Leucocytozoon canis - Number 26
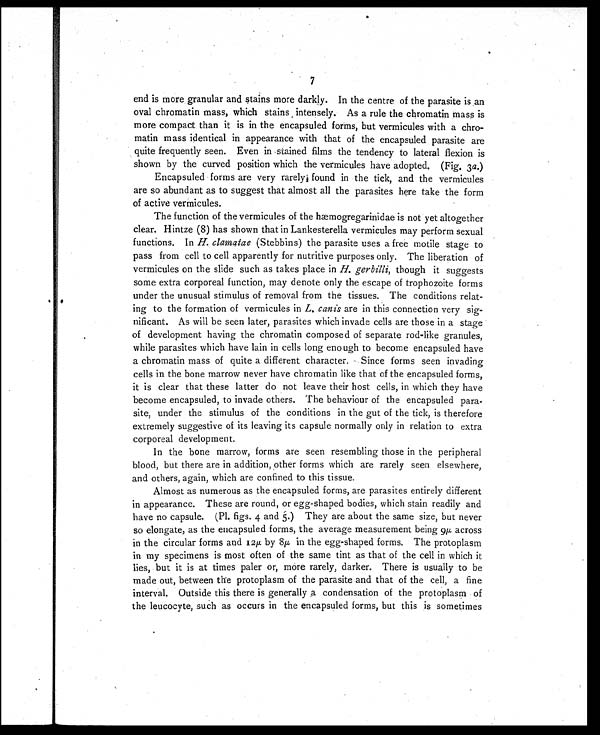
7
end is more granular and stains more darkly. In the centre of the parasite is an
oval chromatin mass, which stains intensely. As a rule the chromatin mass is
more compact than it is in the encapsuled forms, but vermicules with a chro-
matin mass identical in appearance with that of the encapsuled parasite are
quite frequently seen. Even in stained films the tendency to lateral flexion is
shown by the curved position which the vermicules have adopted. (Fig, 3 a.)
Encapsuled forms are very rarely found in the tick, and the vermicules
are so abundant as to suggest that almost all the parasites here take the form
of active vermicules.
The function of the vermicules of the hæmogregarinidae is not yet altogether
clear. Hintze (8) has shown that in Lankesterella vermicules may perform sexual
functions. In H. clamatae (Stebbins) the parasite uses a free motile stage to
pass from cell to cell apparently for nutritive purposes only. The liberation of
vermicules on the slide such as takes place in H. gerbilli, though it suggests
some extra corporeal function, may denote only the escape of trophozoite forms
under the unusual stimulus of removal from the tissues. The conditions relat-
ing to the formation of vermicules in L. canis are in this connection very sig-
nificant. As will be seen later, parasites which invade cells are those in a stage
of development having the chromatin composed of separate rod-like granules,
while parasites which have lain in cells long enough to become encapsuled have
a chromatin mass of quite a different character. Since forms seen invading
cells in the bone marrow never have chromatin like that of the encapsuled forms,
it is clear that these latter do not leave their host cells, in which they have
become encapsuled, to invade others. The behaviour of the encapsuled para-
site, under the stimulus of the conditions in the gut of the tick, is therefore
extremely suggestive of its leaving its capsule normally only in relation to extra
corporeal development.
In the bone marrow, forms are seen resembling those in the peripheral
blood, but there are in addition, other forms which are rarely seen elsewhere,
and others, again, which are confined to this tissue.
Almost as numerous as the encapsuled forms, are parasites entirely different
in appearance. These are round, or egg-shaped bodies, which stain readily and
have no capsule. (Pl. figs. 4 and 5.) They are about the same size, but never
so elongate, as the encapsuled forms, the average measurement being 9 µ across
in the circular forms and 12µ by 8µ in the egg-shaped forms. The protoplasm
in my specimens is most often of the same tint as that of the cell in which it
lies, but it is at times paler or, more rarely, darker. There is usually to be
made out, between the protoplasm of the parasite and that of the cell, a fine
interval. Outside this there is generally a condensation of the protoplasm of
the leucocyte, such as occurs in the encapsuled forms, but this is sometimes